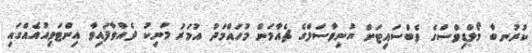
ކުރުނބާ މޯލްޑިވްސްގެ ވެބްސައިޓަށް ޔުނިވާސަލްގެ ޗެއާމަން މުހައްމަދު އުމަރު މަނިކު ދެއްވާފައިވާ އިންޓަވިއުއެއްގައި